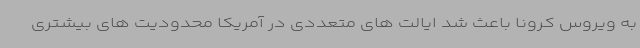
به ویروس کرونا باعث شد ایالت های متعددی در آمریکا محدودیت های بیشتری